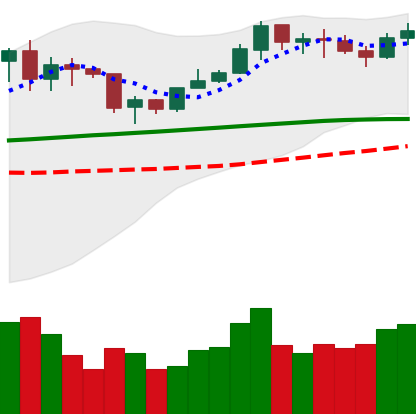
Ticker: LINK-USD
Chart end date: 2020-02-06
Forward return: 37.816%
Label: up_7plus